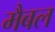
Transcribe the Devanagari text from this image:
मैबल